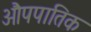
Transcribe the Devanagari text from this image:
औपपातिक